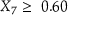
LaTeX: X _ { 7 } \geq \ 0 . 6 0